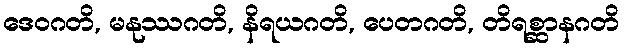
ဒေဝဂတိ, မနုဿဂတိ, နိရယဂတိ, ပေတဂတိ, တိရစ္ဆာနဂတိ